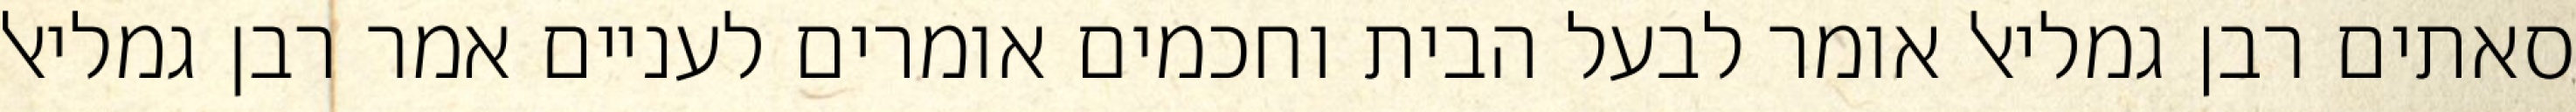
סאתים רבן גמליאל אומר לבעל הבית וחכמים אומרים לעניים אמר רבן גמליאל